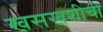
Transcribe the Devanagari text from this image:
खसखशीची